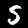
Label: 5